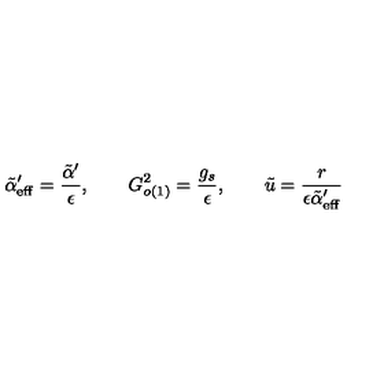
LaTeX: \tilde { \alpha } _ { \mathrm { e f f } } ^ { \prime } = \frac { \tilde { \alpha } ^ { \prime } } { \epsilon } , \qquad G _ { o ( 1 ) } ^ { 2 } = \frac { g _ { s } } { \epsilon } , \qquad \tilde { u } = \frac { r } { \epsilon \tilde { \alpha } _ { \mathrm { e f f } } ^ { \prime } }